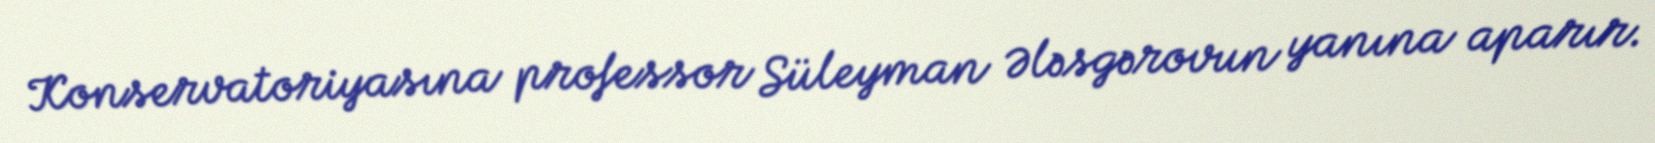
Konservatoriyasına professor Süleyman Ələsgərovun yanına aparır.